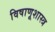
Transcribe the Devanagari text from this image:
विषाणूशास्त्र